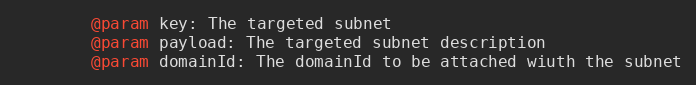
Language: Python
        @param key: The targeted subnet
        @param payload: The targeted subnet description
        @param domainId: The domainId to be attached wiuth the subnet